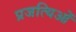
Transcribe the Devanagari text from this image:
प्रजत्यिओं